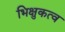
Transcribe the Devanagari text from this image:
भिक्षुकत्व